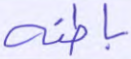
باطنه